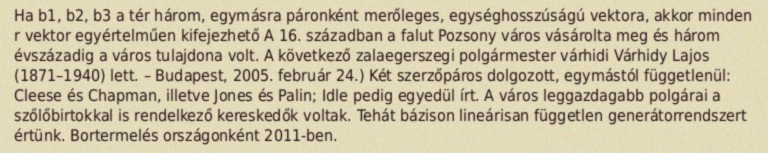
Ha b1, b2, b3 a tér három, egymásra páronként merőleges, egységhosszúságú vektora, akkor minden r vektor egyértelműen kifejezhető A 16. században a falut Pozsony város vásárolta meg és három évszázadig a város tulajdona volt. A következő zalaegerszegi polgármester várhidi Várhidy Lajos (1871–1940) lett. – Budapest, 2005. február 24.) Két szerzőpáros dolgozott, egymástól függetlenül: Cleese és Chapman, illetve Jones és Palin; Idle pedig egyedül írt. A város leggazdagabb polgárai a szőlőbirtokkal is rendelkező kereskedők voltak. Tehát bázison lineárisan független generátorrendszert értünk. Bortermelés országonként 2011-ben.